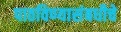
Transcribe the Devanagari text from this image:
पाठविण्यासंबधीचे